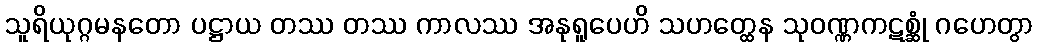
သူရိယုဂ္ဂမနတော ပဋ္ဌာယ တဿ တဿ ကာလဿ အနုရူပေဟိ သဟတ္ထေန သုဝဏ္ဏကဋစ္ဆုံ ဂဟေတွာ